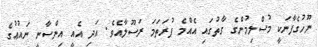
ނޫހުގެފާނަކީ މުސްލިމުންގެ ގާތުގައި އެއްމެ ފުރަތަމަ ރަސޫލާއެވެ. އަދި އެއީ އިންސާނީ ނައުޢުގެ